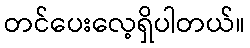
တင်ပေးလေ့ရှိပါတယ်။